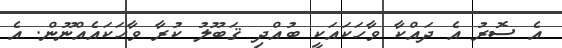
އެ ސޮރު އެ ދައްކާ ވާހަކައަކީ ބުއްދި ޤަބޫލު ކުރާ ވާހަކައެއްނޫން. އެ